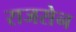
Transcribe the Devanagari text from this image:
राजसेन